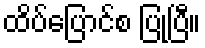
ထိပ်ပြောင်စ ပြုပြီ။